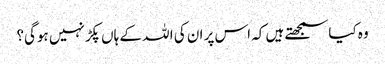
وہ کیاسمجھتے ہیں کہ اس پر ان کی ا للہ کے ہاں پکڑ نہیں ہوگی؟